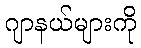
ဂျာနယ်များကို